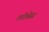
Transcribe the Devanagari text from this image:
लोबेस